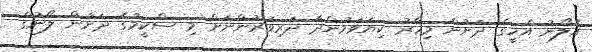
އެލޯނު އެހީގެ ދަށުން މިހާރު ކިޔަވަމުންދާ ދަރިވަރުންނަށް މި ސްކީމުގެ ދަށުން ލޯނުގެ